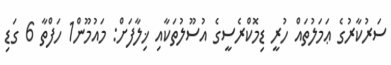
ސަރުކާރުގެ ޢަމަލުތައް ހުރީ ޑިމޮކްރެސީގެ އުސޫލުތަކާއި ޚިލާފަށް: މައުމޫން1 ހަފްތާ 6 ގަޑި